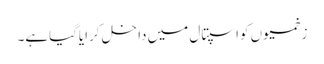
زخمیوں کواسپتال میں داخل کرایاگیاہے۔